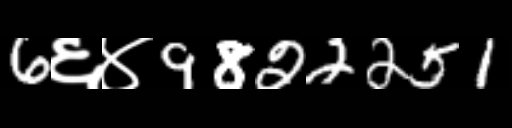
Text: 6६४9822251